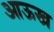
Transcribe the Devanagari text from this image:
आऊख